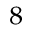
^ { 8 }